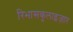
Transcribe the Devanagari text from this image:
रिभासकुलाइज़ार